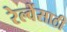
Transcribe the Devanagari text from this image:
रेल्वेंसाठी